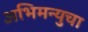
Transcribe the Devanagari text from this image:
अभिमन्युचा